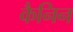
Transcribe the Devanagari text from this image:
कैनिन